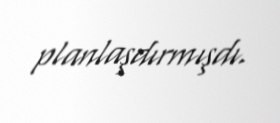
planlaşdırmışdı.